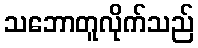
သဘောတူလိုက်သည်